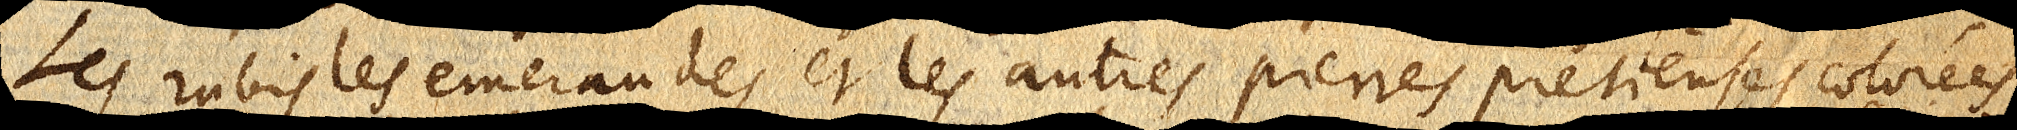
Les rubis les emeraudes et les autres pierres pretieuses colorées